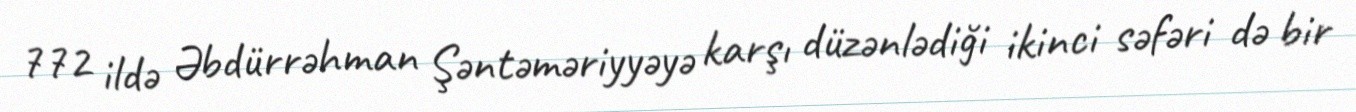
772 ildə Əbdürrəhman Şəntəməriyyəyə karşı düzənlədiği ikinci səfəri də bir